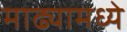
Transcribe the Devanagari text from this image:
माढ्यामध्ये